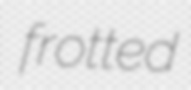
frotted